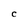
Character: C